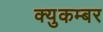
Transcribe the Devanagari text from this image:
क्युकम्बर